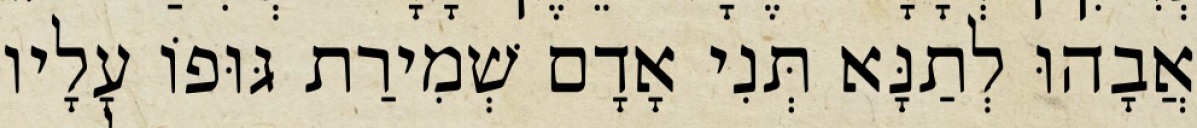
אֲבָהוּ לְתַנָּא תְּנִי אָדָם שְׁמִירַת גּוּפוֹ עָלָיו